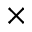
\times